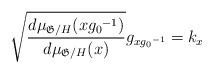
LaTeX: \begin{align*}\sqrt{\frac{d\mu_{\mathfrak{G}/H}(x{g_0}^{-1})}{d\mu_{\mathfrak{G}/H}(x)}} g_{x{g_0}^{-1}} = k_x\end{align*}